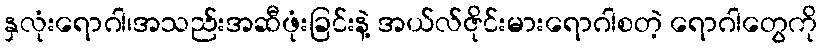
နှလုံးရောဂါ၊အသည်းအဆီဖုံးခြင်းနဲ့ အယ်လ်ဇိုင်းမားရောဂါစတဲ့ ရောဂါတွေကို